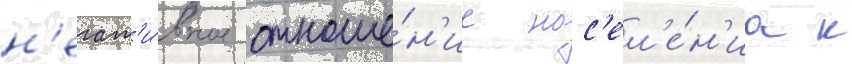
н'егат'и́вное отноше́н'ие нас'ел'е́н'иа к